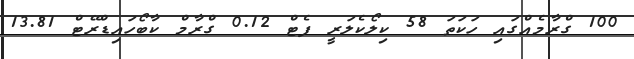
100 ގްރާމެއްގައި ހަކަތަ 58 ކިލޯކެލަރީ ފެޓް 0.12 ގްރާމް ކާބޯހައިޑްރޭޓް 13.81